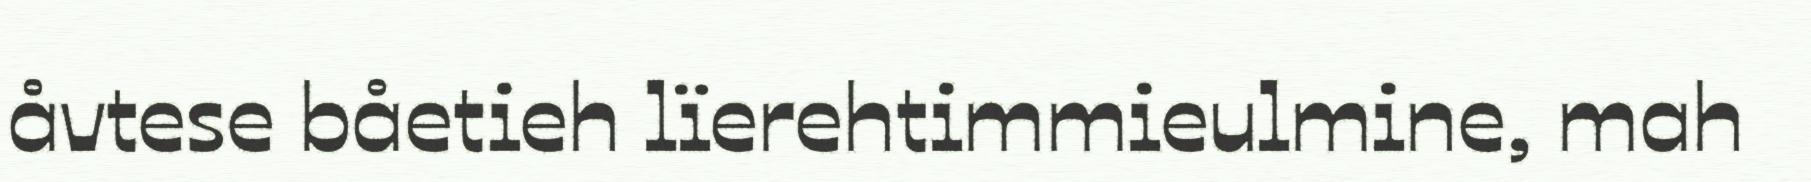
åvtese båetieh lïerehtimmieulmine, mah